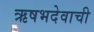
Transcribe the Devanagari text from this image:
ऋषभदेवाची